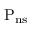
\mathrm { { { P _ { n s } } } }